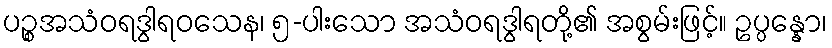
ပဉ္စအသံဝရဒွါရဝသေန၊ ၅-ပါးသော အသံဝရဒွါရတို့၏ အစွမ်းဖြင့်။ ဥပ္ပန္နော၊